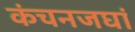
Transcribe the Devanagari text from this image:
कंचनजघां